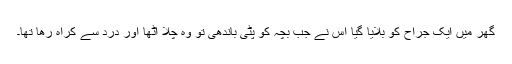
گھر میں ایک جراح کو بلایا گیا اس نے جب بچہ کو پٹی باندھی تو وہ چلا اٹھا اور درد سے کراہ رھا تھا۔